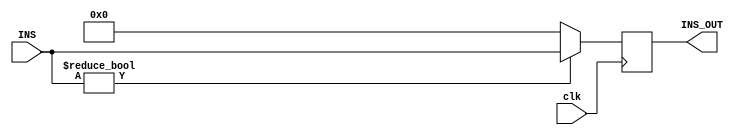
`timescale 1ns/1ns
module pc (
    input clk,
    input [31:0] INS,
    output reg [31:0] INS_OUT
);

    always @ (posedge clk) begin
        if ( INS ) INS_OUT <= INS;
        else INS_OUT <= 32'd0;
    end

endmodule // pc